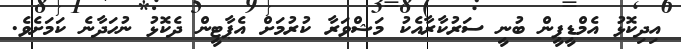
އިދިކޮޅު އެމްޑީޕީން ބުނީ ސަރުކާރާއެކު މަޝްވަރާ ކުރުމަށް އެޕާޓީން ދެކޮޅު ނުހަދާނެ ކަމަށެވެ.